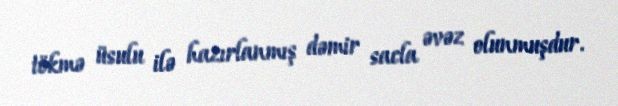
tökmə üsulu ilə hazırlanmış dəmir sacla əvəz olunmuşdur.